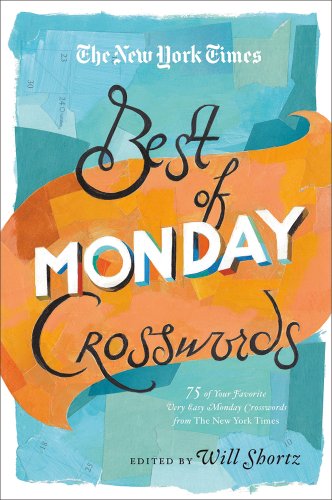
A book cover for The New York Times Best of Monday Crosswords: 75 of Your Favorite Very Easy Monday Crosswords from The New York Times (New York Times Best Crosswords); The New York Times; Humor & Entertainment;